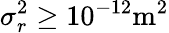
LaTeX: \sigma_{r}^{2}\geq 10^{-12}\mathrm{m}^{2}